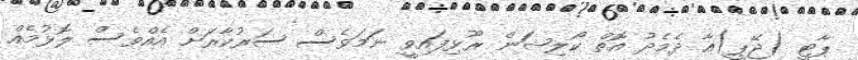
ޕާޓީ (ޖޭޕީ)އާ ދެމެދު އޮތް ކޯލިޝަން ރޫޅިފައިވީ ނަމަވެސް ސަރުކާރަށް އެއްވެސް ލޮޅުމެއް